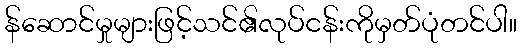
န်ဆောင်မှုများဖြင့်သင်၏လုပ်ငန်းကိုမှတ်ပုံတင်ပါ။